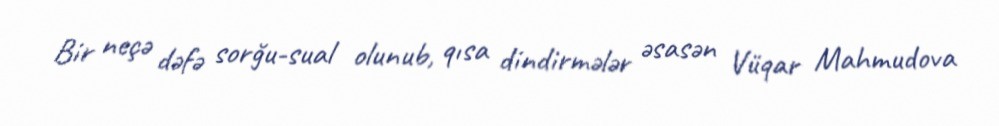
Bir neçə dəfə sorğu-sual olunub, qısa dindirmələr əsasən Vüqar Mahmudova